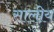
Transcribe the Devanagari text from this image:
सालीय